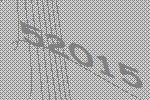
52015